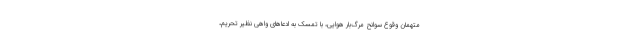
متهمان وقوع سوانح مرگ‌بار هوایی، با تمسک به ادعاهای واهی نظیر تحریم،